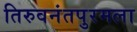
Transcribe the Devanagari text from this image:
तिरुवनंतपुरमला